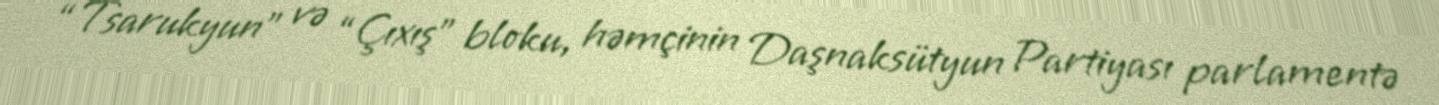
“Tsarukyun” və “Çıxış” bloku, həmçinin Daşnaksütyun Partiyası parlamentə